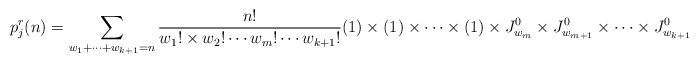
\begin{align*}p^{r}_{j}(n)=\sum\limits_{w_{1}+\cdots+w_{k+1}= n}\frac{n!}{w_{1}!\times w_{2}!\cdots w_{m}!\cdots w_{k+1}!}(1)\times(1)\times\cdots\times(1)\times J^0_{w_{m}}\times J^0_{w_{m+1}}\times\cdots\times J^0_{w_{k+1}}\end{align*}